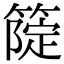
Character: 𥲗